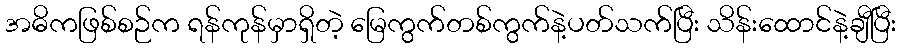
အဓိကဖြစ်စဉ်က ရန်ကုန်မှာရှိတဲ့ မြေကွက်တစ်ကွက်နဲ့ပတ်သက်ပြီး သိန်းထောင်နဲ့ချီပြီး